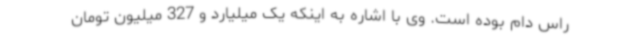
راس دام بوده است. وی با اشاره به اینکه یک میلیارد و 327 میلیون تومان